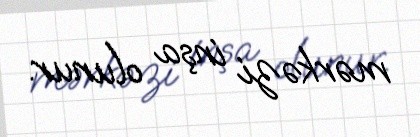
mərkəzi inşa olunur.